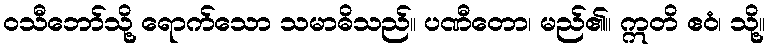
ဝသီဘော်သို့ ရောက်သော သမာဓိသည်။ ပဏီတော၊ မည်၏။ ဣတိ ဧဝံ၊ သို့။